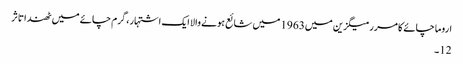
اروما چائے کا مرر میگزین میں1963 میں شائع ہونے والا ایک اشتہار ، گرم چائے میں ٹھندا تاثر
12۔